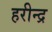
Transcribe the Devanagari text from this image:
हरीन्द्र